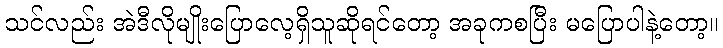
သင်လည်း အဲဒီလိုမျိုးပြောလေ့ရှိသူဆိုရင်တော့ အခုကစပြီး မပြောပါနဲ့တော့။